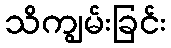
သိကျွမ်းခြင်း